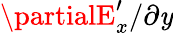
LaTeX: \partialE_{x}^{\prime}/\partial\mathit{y}